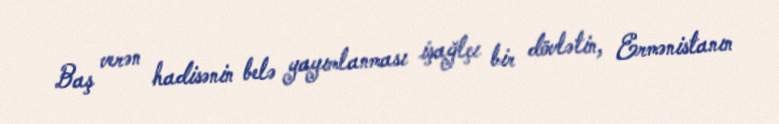
Baş verən hadisənin belə yayımlanması işağlçı bir dövlətin, Ermənistanın